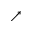
\nearrow